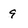
Character: 9